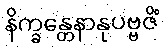
နိက္ခန္တေနာနုပဗ္ဗဇိံ